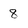
Character: 8